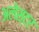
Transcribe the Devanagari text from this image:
अलेस्टर